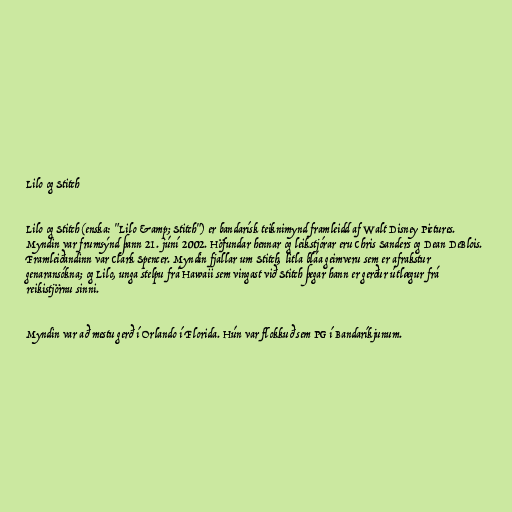
Lilo og Stitch

Lilo og Stitch (enska: "Lilo &amp; Stitch") er bandarísk teiknimynd framleidd af Walt Disney Pictures.
Myndin var frumsýnd þann 21. júní 2002. Höfundar hennar og leikstjórar eru Chris Sanders og Dean DeBlois.
Framleiðandinn var Clark Spencer. Myndin fjallar um Stitch, litla bláa geimveru sem er afrakstur
genaransókna; og Lilo, unga stelpu frá Hawaii sem vingast við Stitch þegar hann er gerður útlægur frá
reikistjörnu sinni.

Myndin var að mestu gerð í Orlando í Florida. Hún var flokkuð sem PG í Bandaríkjunum.